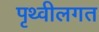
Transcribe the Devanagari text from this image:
पृथ्वीलगत